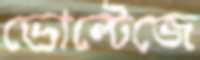
ভোল্টেজে